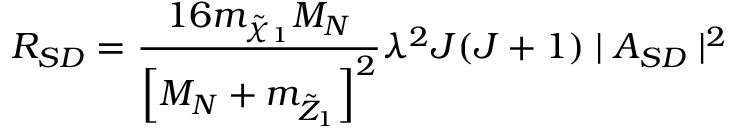
R _ { S D } = { \frac { 1 6 m _ { \tilde { \chi } _ { 1 } } M _ { N } } { \left[ M _ { N } + m _ { \tilde { Z } _ { 1 } } \right] ^ { 2 } } } \lambda ^ { 2 } J ( J + 1 ) \mid A _ { S D } \mid ^ { 2 }